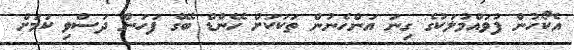
އެކޯހުން ފުވައްމުލަކުގެ ގިނަ އަންހެނުން ތަކަކަށް ހޭންޑް ބޭގް ފަހަން ދަސްވި ކަމަށް